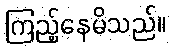
ကြည့်နေမိသည်။